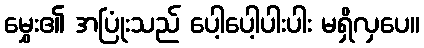
မွှေး၏ အပြုံးသည် ပေါ့ပေါ့ပါးပါး မရှိလှပေ။